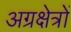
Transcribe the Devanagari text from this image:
अग्रक्षेत्रों